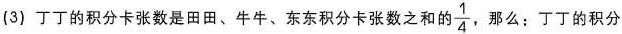
(3)丁丁的积分卡张数是田田、牛牛、东东积分卡张数之和的\frac{1}{4} 那么：丁丁的积分